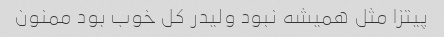
پیتزا مثل همیشه نبود ولیدر کل خوب بود ممنون